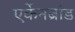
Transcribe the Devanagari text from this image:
एर्केनब्रांड